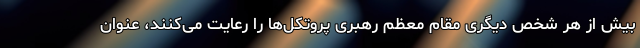
بیش از هر شخص دیگری مقام معظم رهبری پروتکل‌ها را رعایت می‌کنند، عنوان